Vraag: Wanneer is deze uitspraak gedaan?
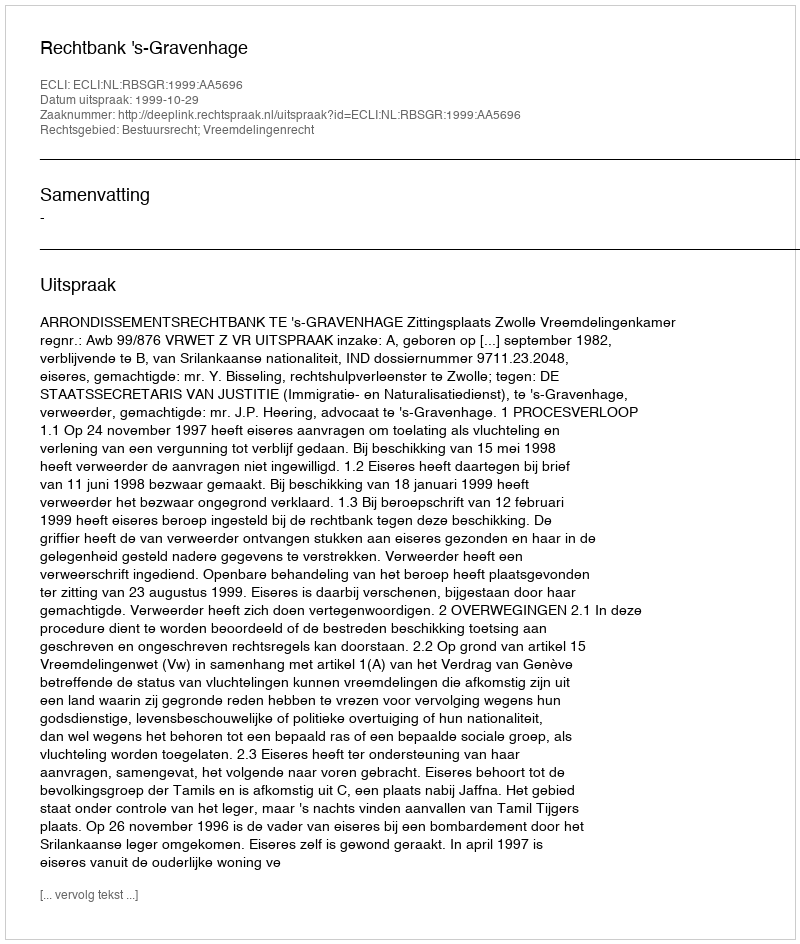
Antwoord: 1999-10-29